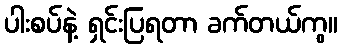
ပါးစပ်နဲ့ ရှင်းပြရတာ ခက်တယ်ကွ။